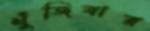
খুঁজিবার